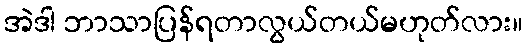
အဲဒါ ဘာသာပြန်ရတာလွယ်တယ်မဟုတ်လား။